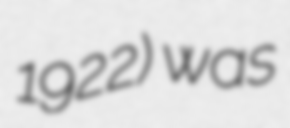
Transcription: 1922) was